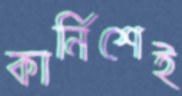
কার্নিশেই